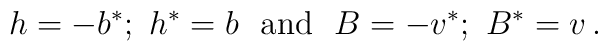
h=-b^*;\ h^*=b\ \mbox{  and  }\ B=-v^*;\ B^*=v\,.